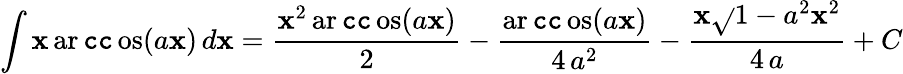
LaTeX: \int\mathbf{x}\operatorname{ar\mathtt{c}\mathtt{c}os}(a\mathbf{x})\, d\mathbf{x}={\frac{{\mathbf{x}^{2}\operatorname{ar\mathtt{c}\mathtt{c}os}(a\mathbf{x})}}{{2}}}-{\frac{{\operatorname{ar\mathtt{c}\mathtt{c}os}(a\mathbf{x})}}{{4\, a^{2}}}}-{\frac{{\mathbf{x}{\sqrt{}{{1-a^{2}\mathbf{x}^{2}}}}}}{{4\, a}}}+C